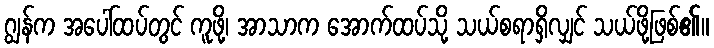
ဂျွန်က အပေါ်ထပ်တွင် ကူဖို့၊ အာသာက အောက်ထပ်သို့ သယ်စရာရှိလျှင် သယ်ဖို့ဖြစ်၏။